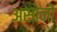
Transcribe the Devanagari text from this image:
असोनी